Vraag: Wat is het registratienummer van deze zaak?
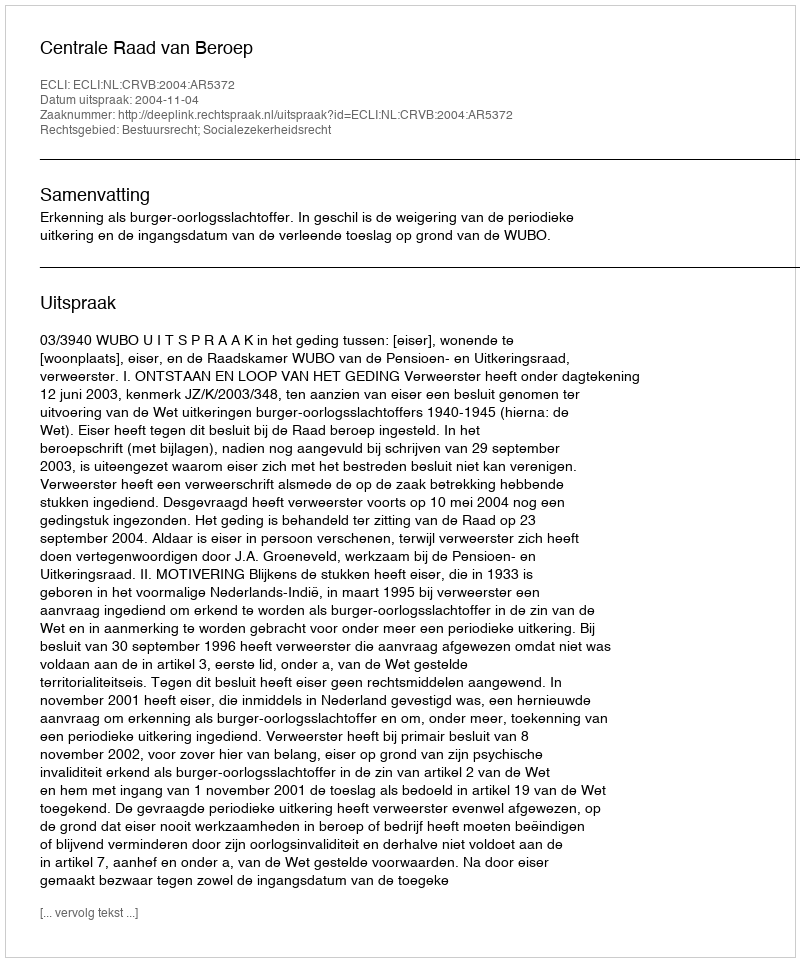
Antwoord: http://deeplink.rechtspraak.nl/uitspraak?id=ECLI:NL:CRVB:2004:AR5372